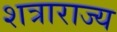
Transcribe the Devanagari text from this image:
शत्राराज्य